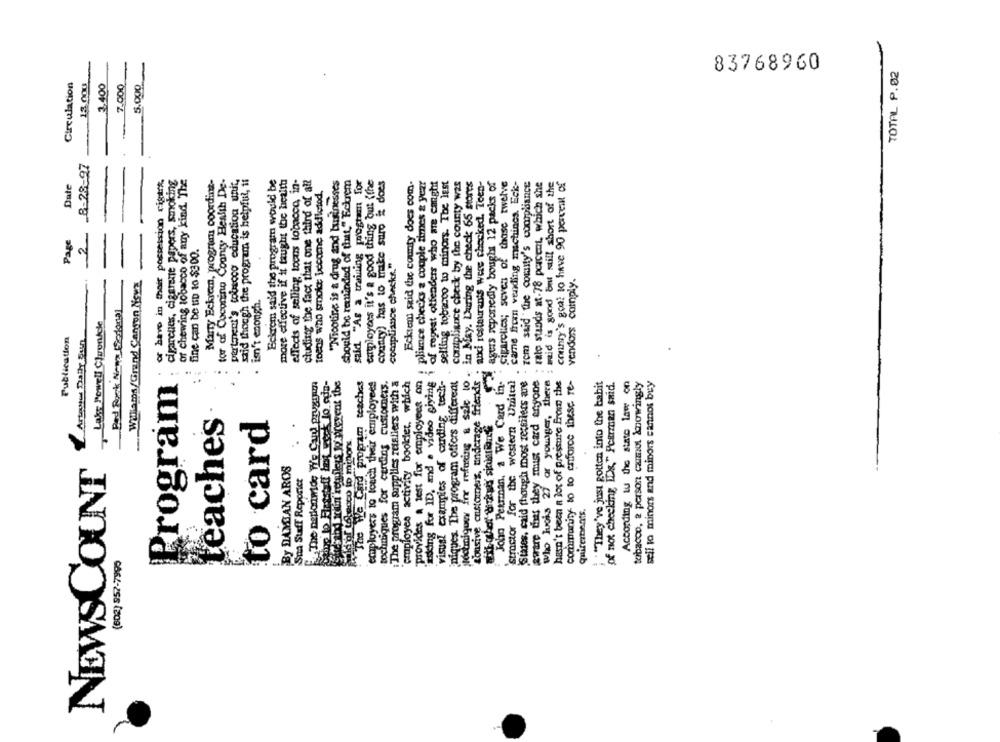
83768960
TOTAL P.02
13.000
Circulation
3.400
7,000
5.000
8-28-97
should be reminded of that," Eekrem
said "As a training posten for
Date
or have in their possession rigt :*
cigarenes, ciggrene papers, smoking
of chewing tobacco of any kind. The
Marry Eckren, program coordina-
for of Coconing County Health De-
Partent's tobacco education unit,
said though the program is helpful, ti
Eckrem said the program would be
more effective if it taught tac health
effects of selling tocus tobacco, in-
cluding the fact that one third of all
"Nicotine is a drug and businesses
employdes it's a good thing but {the
county) has to make suro & does
Eckiem said the county does com-
pliunce checks a couple times & year
of repeat offenders who are canght
selling tobacco to minors. The Jest
contplinnct check by the county was
jtechiniquey fre refusing & sale to . in May. During the check 65 stores
and restaurants were chocked. Toen-
agers reportedly bought 12 packs of
Cigarettes; seves of those twelve
came from vending machines. Eck-
zem said the county's compliance
rate stands at-78 percent, which she
mid is gond ant still short of the
county's goal to have 90 percent of
toets who smoke become addictod.
Page
2
fine can be up to $300.
compliance checks."
Wiliams/Grand Canyon Nova
vendors cainply.
isn't enough.
Red Rock Now (Sodona)
Lake Powell Chronicle
Publication
Artour Daily Sun
.
Lonsive customers, underage friends :
The We Card program teaches
:The program supplies retsliers with a
"employes activity booklet, which
asking for ID, and a video giving i
visual examples of carding tech-
Joho Perman, a We Card in.
States. caid though most zecsilers are
aware that they must card anyone
who lois 27 or younger, there
community to to enforce these re-
Program
7.3 hm'in retailers to prevent the
employers to touch their employees
sochuiques for carding customers,
"provides a test for employees on
niques. The program offers different
Structor for the western Unitexl
hasn't been a lot of pressure From the
: : "They've just gotten into the habit
of not checking IDs," Pearman said.
According w the state law on
tobacco, 2 person canmot knowingly
sell to minors and minors cannot buy
teaches
to card
diefor tobacco to minon
NEWSCOUNT
By DAMGAN AROS
Sma Suff Reporict
quirements.
(602) 857-7990